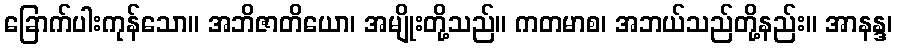
ခြောက်ပါးကုန်သော။ အဘိဇာတိယော၊ အမျိုးတို့သည်။ ကတမာစ၊ အဘယ်သည်တို့နည်း။ အာနန္ဒ၊